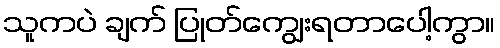
သူကပဲ ချက် ပြုတ်ကျွေးရတာပေါ့ကွာ။